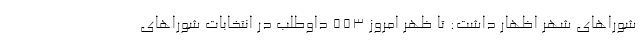
شوراهای شهر اظهار داشت: تا ظهر امروز ۵۵۳ داوطلب در انتخابات شوراهای